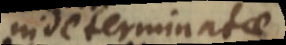
indeterminatae